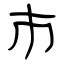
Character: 巿